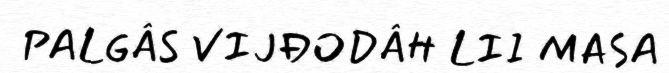
PALGÂS VIJĐODÂH LII MASA